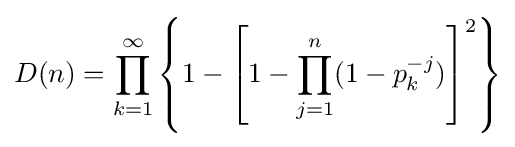
D(n)=\prod _{k=1}^{\infty }\left\{1-\left[1-\prod _{j=1}^{n}(1-p_{k}^{-j})\right]^{2}\right\}